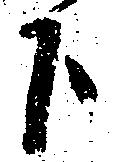
下